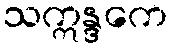
သဣန္ဒကေ